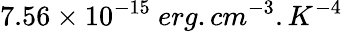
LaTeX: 7.56\times 10^{-15}\ erg.cm^{-3}.K^{-4}